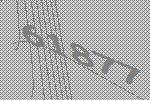
61877